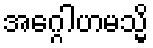
အဂ္ဂေါဟမသ္မိ